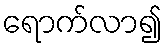
ရောက်လာ၍